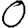
Digit: 0